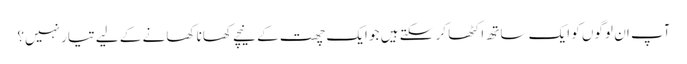
آپ ان لوگوں کو ایک ساتھ اکٹھا کر سکتے ہیں جو ایک چھت کے نیچے کھانا کھانے کے لیے تیار نہیں؟